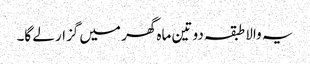
یہ والا طبقہ دو تین ماہ گھر میں گزار لے گا۔